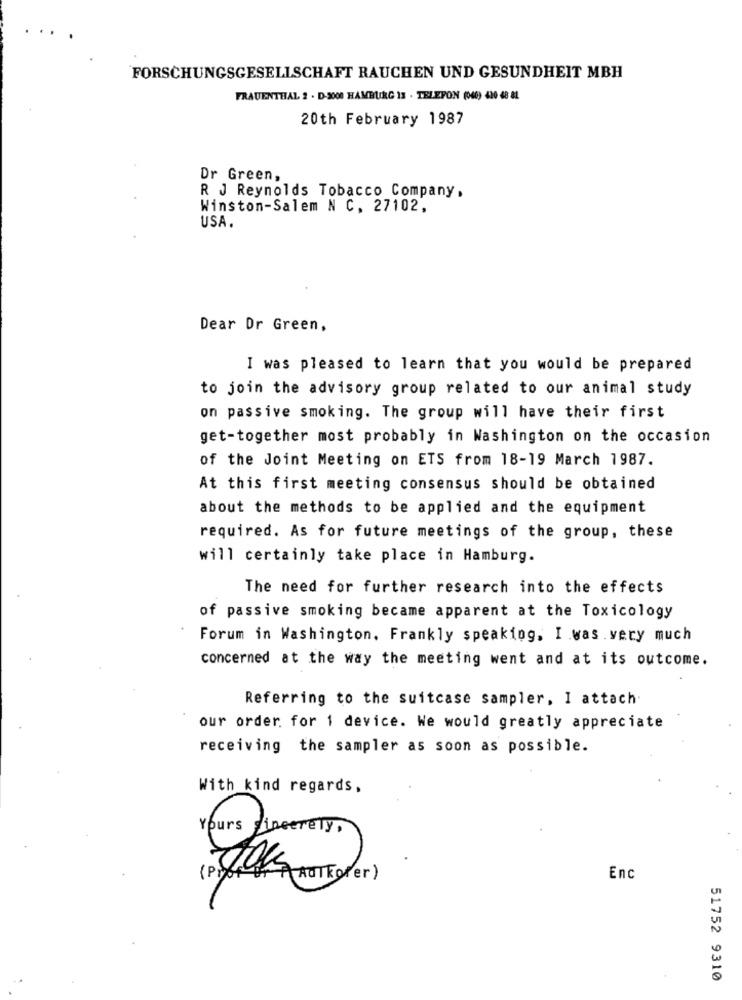
FORSCHUNGSGESELLSCHAFT RAUCHEN UND GESUNDHEIT MBH
FRAUENTHIAL 2 - D-3000 HAMBURG 13 . TELEFON (040) 420 48 &L
20th February 1987
Dr Green,
R J Reynolds Tobacco Company.
Winston-Salem N C. 27102,
USA.
Dear Or Green,
I was pleased to learn that you would be prepared
to join the advisory group related to our animal study
on passive smoking. The group will have their first
get-together most probably in Washington on the occasion
of the Joint Meeting on ETS from 18-19 March 1987.
At this first meeting consensus should be obtained
about the methods to be applied and the equipment
required. As for future meetings of the group, these
will certainly take place in Hamburg.
The need for further research into the effects
of passive smoking became apparent at the Toxicology
Forum in Washington. Frankly speaking, I was very much
concerned at the way the meeting went and at its outcome.
Referring to the suitcase sampler, I attach
our order for 1 device. We would greatly appreciate
receiving the sampler as soon as possible.
With kind regards,
Enc
51752 9310